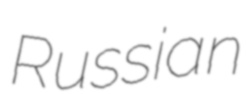
Russian